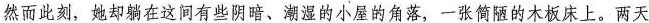
然而此刻，她却躺在这间有些阴暗、潮湿的小屋的角落，一张简陋的木板床上。两天